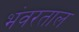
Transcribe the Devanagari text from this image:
भंवरताल